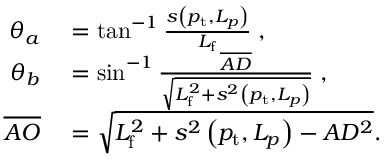
\begin{array} { r l } { \theta _ { a } } & { { } = \tan ^ { - 1 } \frac { s \left( p _ { \mathrm { t } } , L _ { p } \right) } { L _ { \mathrm { f } } } \; , } \\ { \theta _ { b } } & { { } = \sin ^ { - 1 } \frac { \overline { { A D } } } { \sqrt { L _ { \mathrm { f } } ^ { 2 } + s ^ { 2 } \left( p _ { \mathrm { t } } , L _ { p } \right) } } \; , } \\ { \overline { { A O } } } & { { } = \sqrt { L _ { \mathrm { f } } ^ { 2 } + s ^ { 2 } \left( p _ { \mathrm { t } } , L _ { p } \right) - A D ^ { 2 } } . } \end{array}